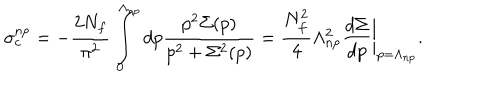
\sigma _ { c } ^ { \mathrm { n p } } = - \frac { 2 N _ { f } } { \pi ^ { 2 } } \int _ { 0 } ^ { \Lambda _ { \mathrm { n p } } } d p \frac { p ^ { 2 } \Sigma ( p ) } { p ^ { 2 } + \Sigma ^ { 2 } ( p ) } = \frac { N _ { f } ^ { 2 } } { 4 } \Lambda _ { \mathrm { n p } } ^ { 2 } \frac { d \Sigma } { d p } \bigg | _ { p = \Lambda _ { \mathrm { n p } } } .